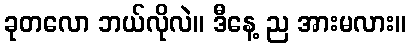
ခုတလော ဘယ်လိုလဲ။ ဒီနေ့ ည အားမလား။